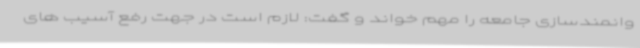
وانمندسازی جامعه را مهم خواند و گفت: لازم است در جهت رفع آسیب های